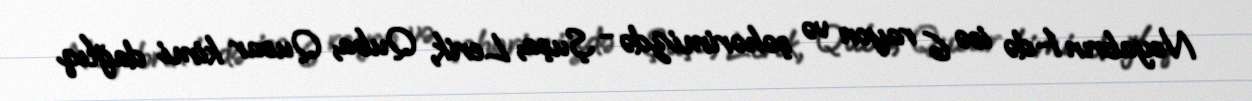
Noyabrın 1-də isə 6 rayon və şəhərimizdə - Şuşa, Lerik, Quba, Qusar kimi dağlıq